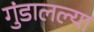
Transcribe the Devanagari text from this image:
गुंडालल्या